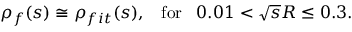
\rho _ { f } ( s ) \cong \rho _ { f i t } ( s ) , \; \; \; \mathrm { { f o r } } \; \; \; 0 . 0 1 < \sqrt { s } R \leq 0 . 3 .